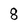
Character: 8